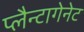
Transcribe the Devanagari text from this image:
प्लैन्टागेनेट